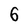
Character: 6